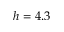
h = 4 . 3